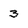
Character: 3